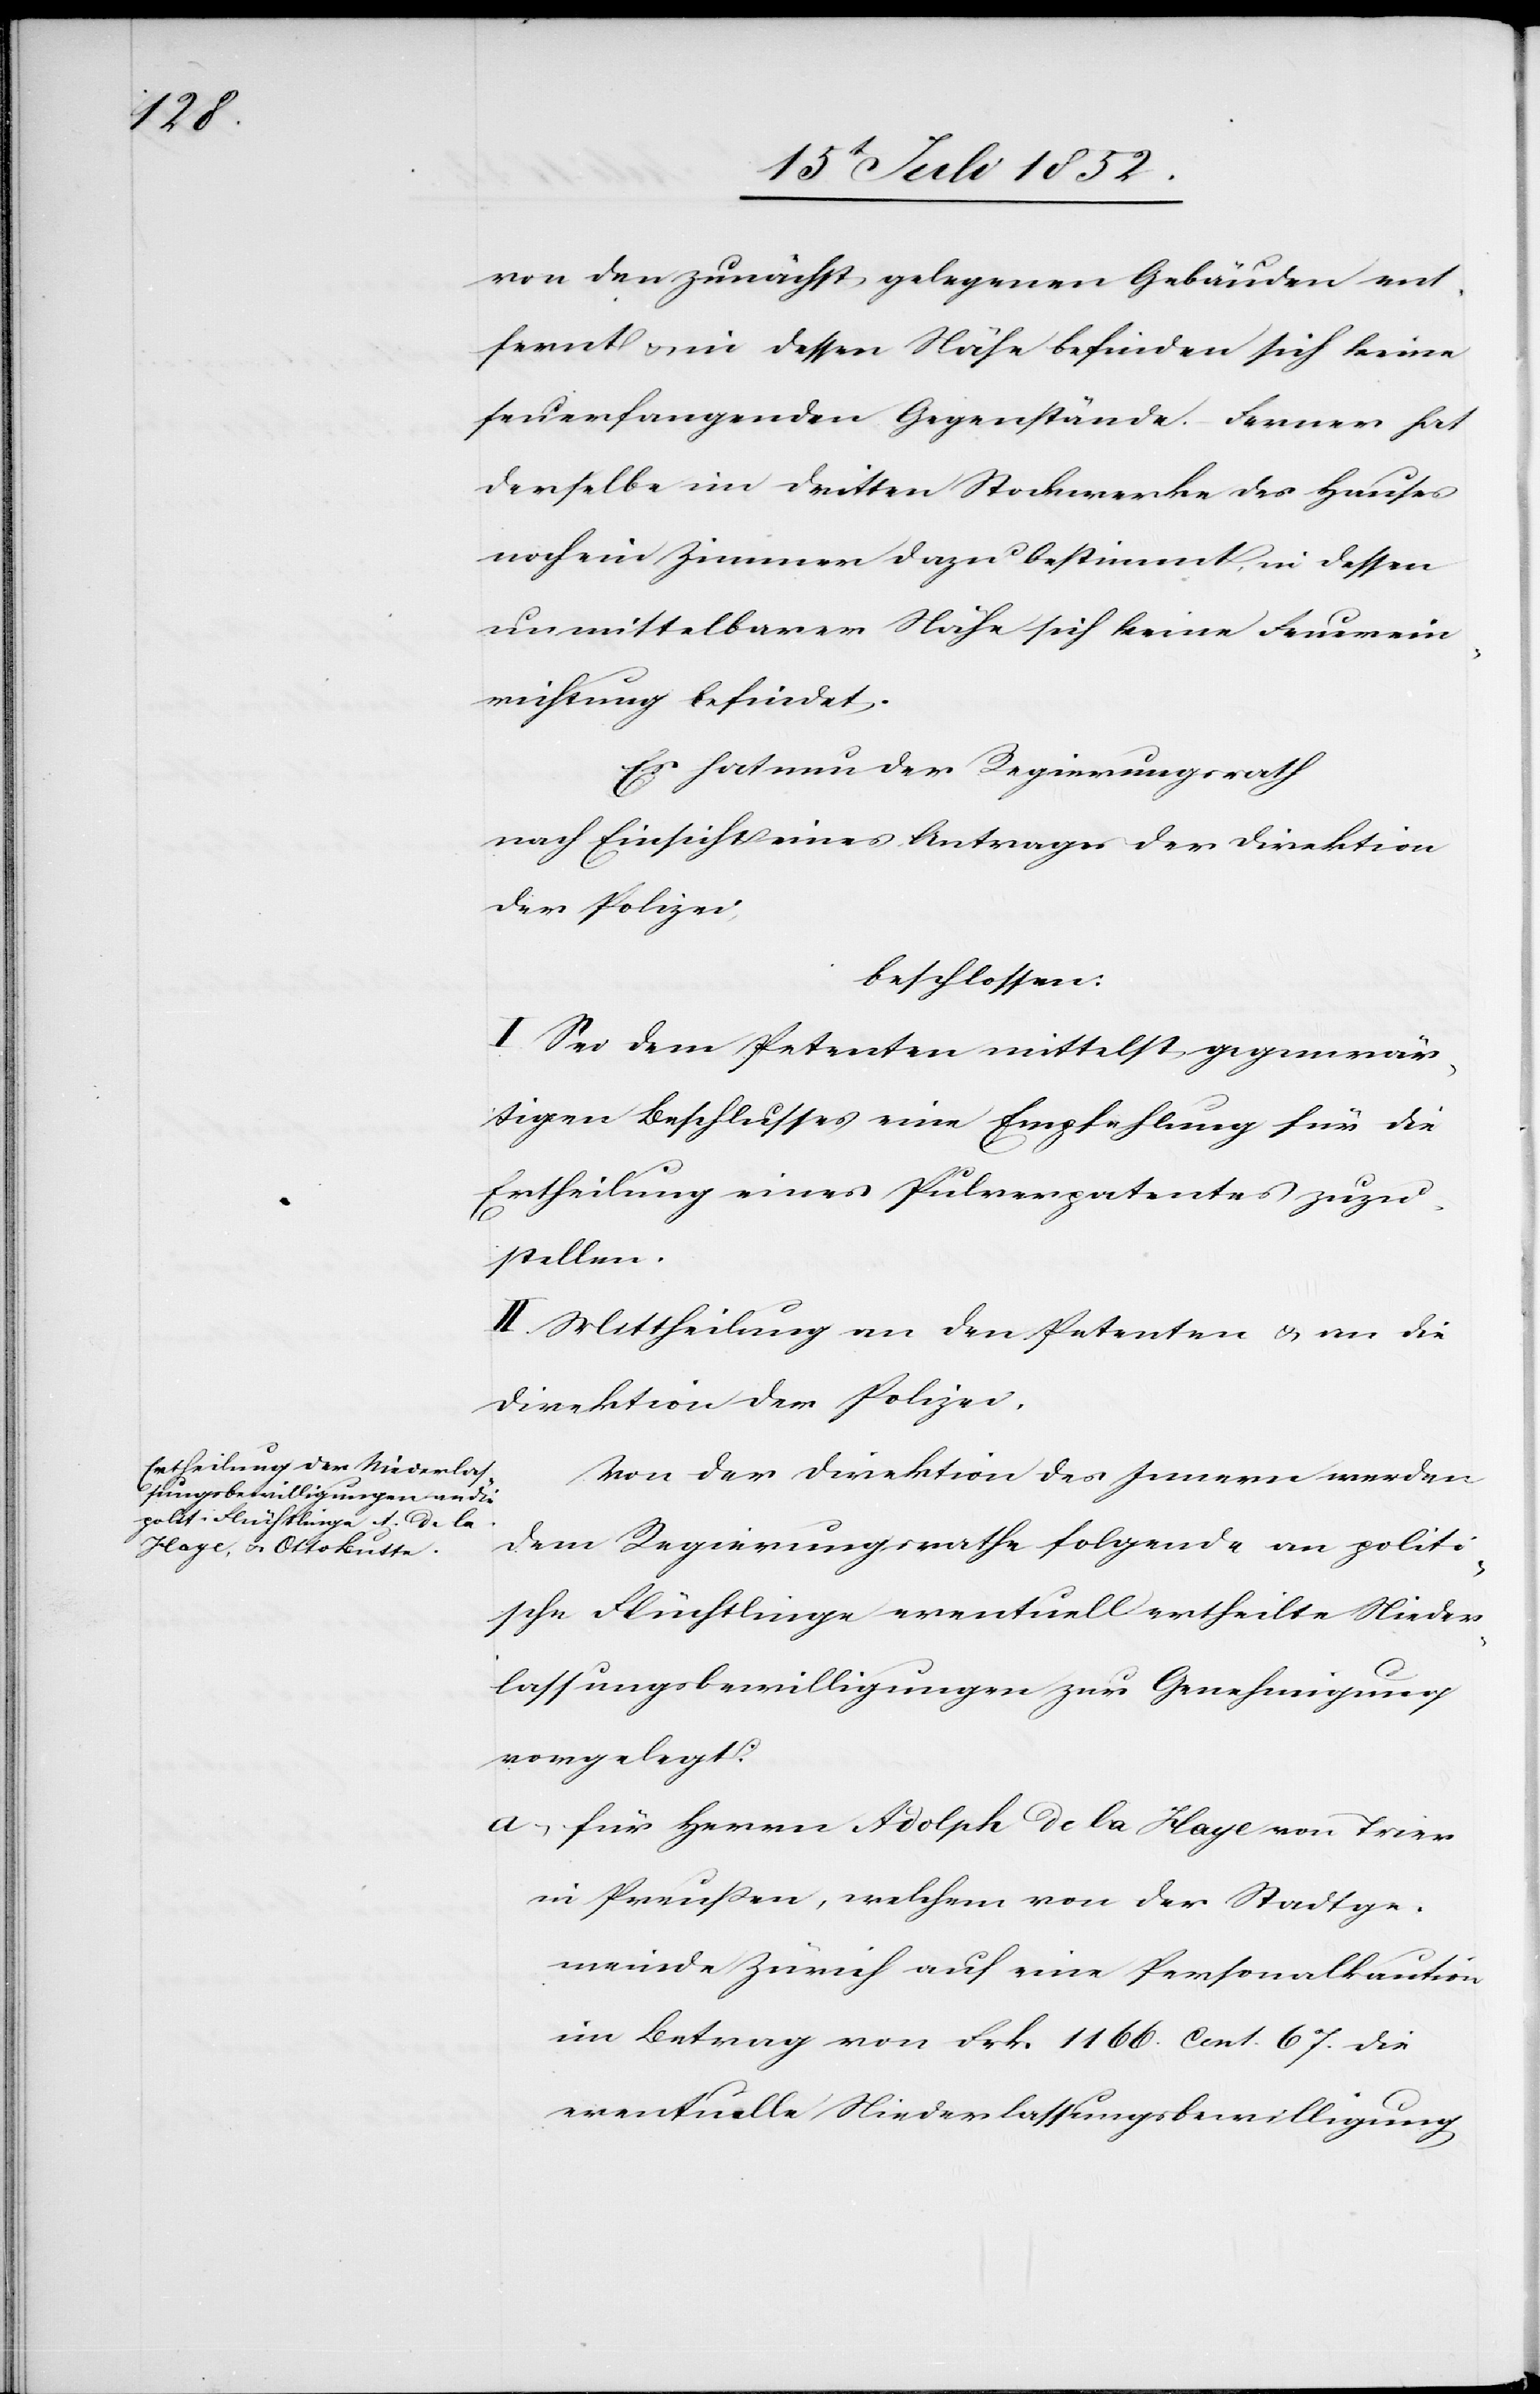
von den zunächst gelegenen Gebäuden ent¬
fernt & in dessen Nähe befinden sich keine
feuerfangenden Gegenstände. Ferner hat
derselbe im dritten Stockwerke des Hauses
noch ein Zimmer dazu bestimmt, in dessen
unmittelbarer Nähe sich keine Feuerein¬
richtung befindet.
Es hat nun der Regierungsrath
nach Einsicht eines Antrages der Direktion
der Polizei,
beschlossen:
I. Sei dem Petenten mittelst gegenwär¬
tigen Beschlusses eine Empfehlung für die
Ertheilung eines Pulverpatentes zuzu¬
stellen.
II. Mittheilung an den Petenten & an die
Direktion der Polizei.
Von der Direktion des Innern werden
dem Regierungsrathe folgende an politi¬
sche Flüchtlinge eventuell ertheilte Nieder¬
lassungsbewilligungen zur Genehmigung
vorgelegt:
für Herrn Adolph de la Haye von Trier
in Preußen, welchem von der Stadtge¬
meinde Zürich auf eine Personalkaution
im Betrag von Frk. 1166. Cent. 67. die
eventuelle Niederlassungsbewilligung